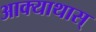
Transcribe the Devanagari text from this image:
आक्याथास्